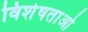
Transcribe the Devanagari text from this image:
विशेषताओँ